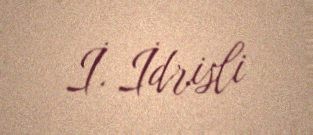
İ. İdrisli